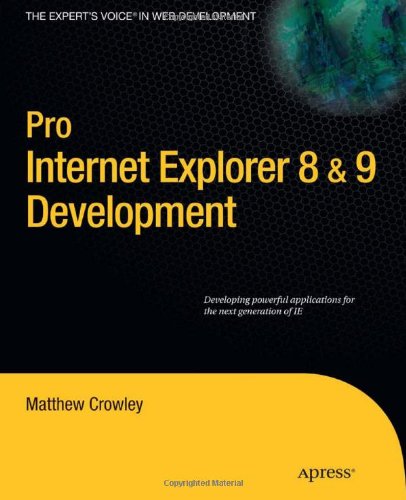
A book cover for Pro Internet Explorer 8 & 9 Development: Developing Powerful Applications for The Next Generation of IE; Matthew Crowley; Computers & Technology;